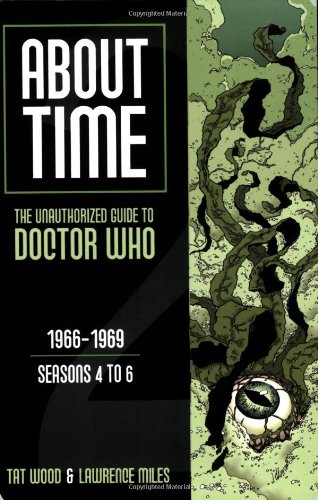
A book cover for About Time 2: The Unauthorized Guide to Doctor Who (Seasons 4 to 6); Tat Wood; Humor & Entertainment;